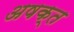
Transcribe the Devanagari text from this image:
अषक्त